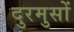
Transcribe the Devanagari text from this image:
दुरमुसों